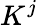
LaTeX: K^{j}